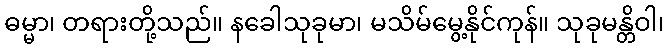
ဓမ္မာ၊ တရားတို့သည်။ နခေါသုခုမာ၊ မသိမ်မွေ့နိုင်ကုန်။ သုခုမန္တိဝါ၊